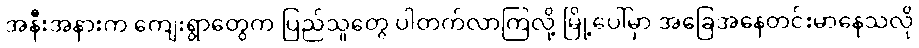
အနီးအနားက ကျေးရွာတွေက ပြည်သူတွေ ပါတက်လာကြလို့ မြို့ပေါ်မှာ အခြေအနေတင်းမာနေသလို